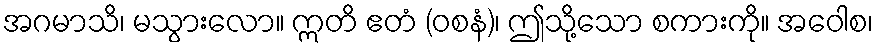
အဂမာသိ၊ မသွားလော။ ဣတိ ဧတံ (ဝစနံ)၊ ဤသို့သော စကားကို။ အဝေါစ၊